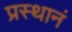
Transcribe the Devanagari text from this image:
प्रस्थानं